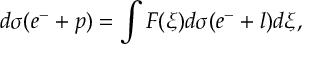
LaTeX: d \sigma ( e ^ { - } + p ) = \int F ( \xi ) d \sigma ( e ^ { - } + l ) d \xi ,